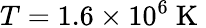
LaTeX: T=1.6\times 10^{6}\mathrm{~K~}